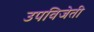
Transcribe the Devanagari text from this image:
उपविजेती